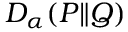
D _ { \alpha } ( P \| Q )